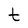
Character: t